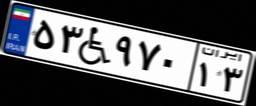
۷۶W۸۹۷۶۹